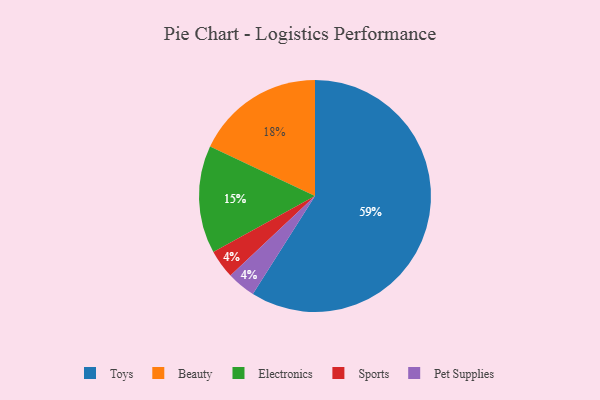
{"axis": {"x": "Category", "y": "Percentage"}, "legend": ["Beauty", "Electronics", "Pet Supplies", "Sports", "Toys"], "data": [{"x": "Electronics", "y": 15, "type": "Electronics"}, {"x": "Sports", "y": 4, "type": "Sports"}, {"x": "Toys", "y": 59, "type": "Toys"}, {"x": "Beauty", "y": 18, "type": "Beauty"}, {"x": "Pet Supplies", "y": 4, "type": "Pet Supplies"}]}